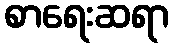
စာရေးဆရာ